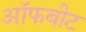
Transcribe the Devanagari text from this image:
ऑफबीट